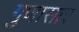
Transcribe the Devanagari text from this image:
गुणासार